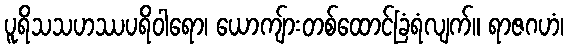
ပူရိသသဟဿပရိဝါရော၊ ယောကျ်ားတစ်ထောင်ခြံရံလျက်။ ရာဇဂဟံ၊